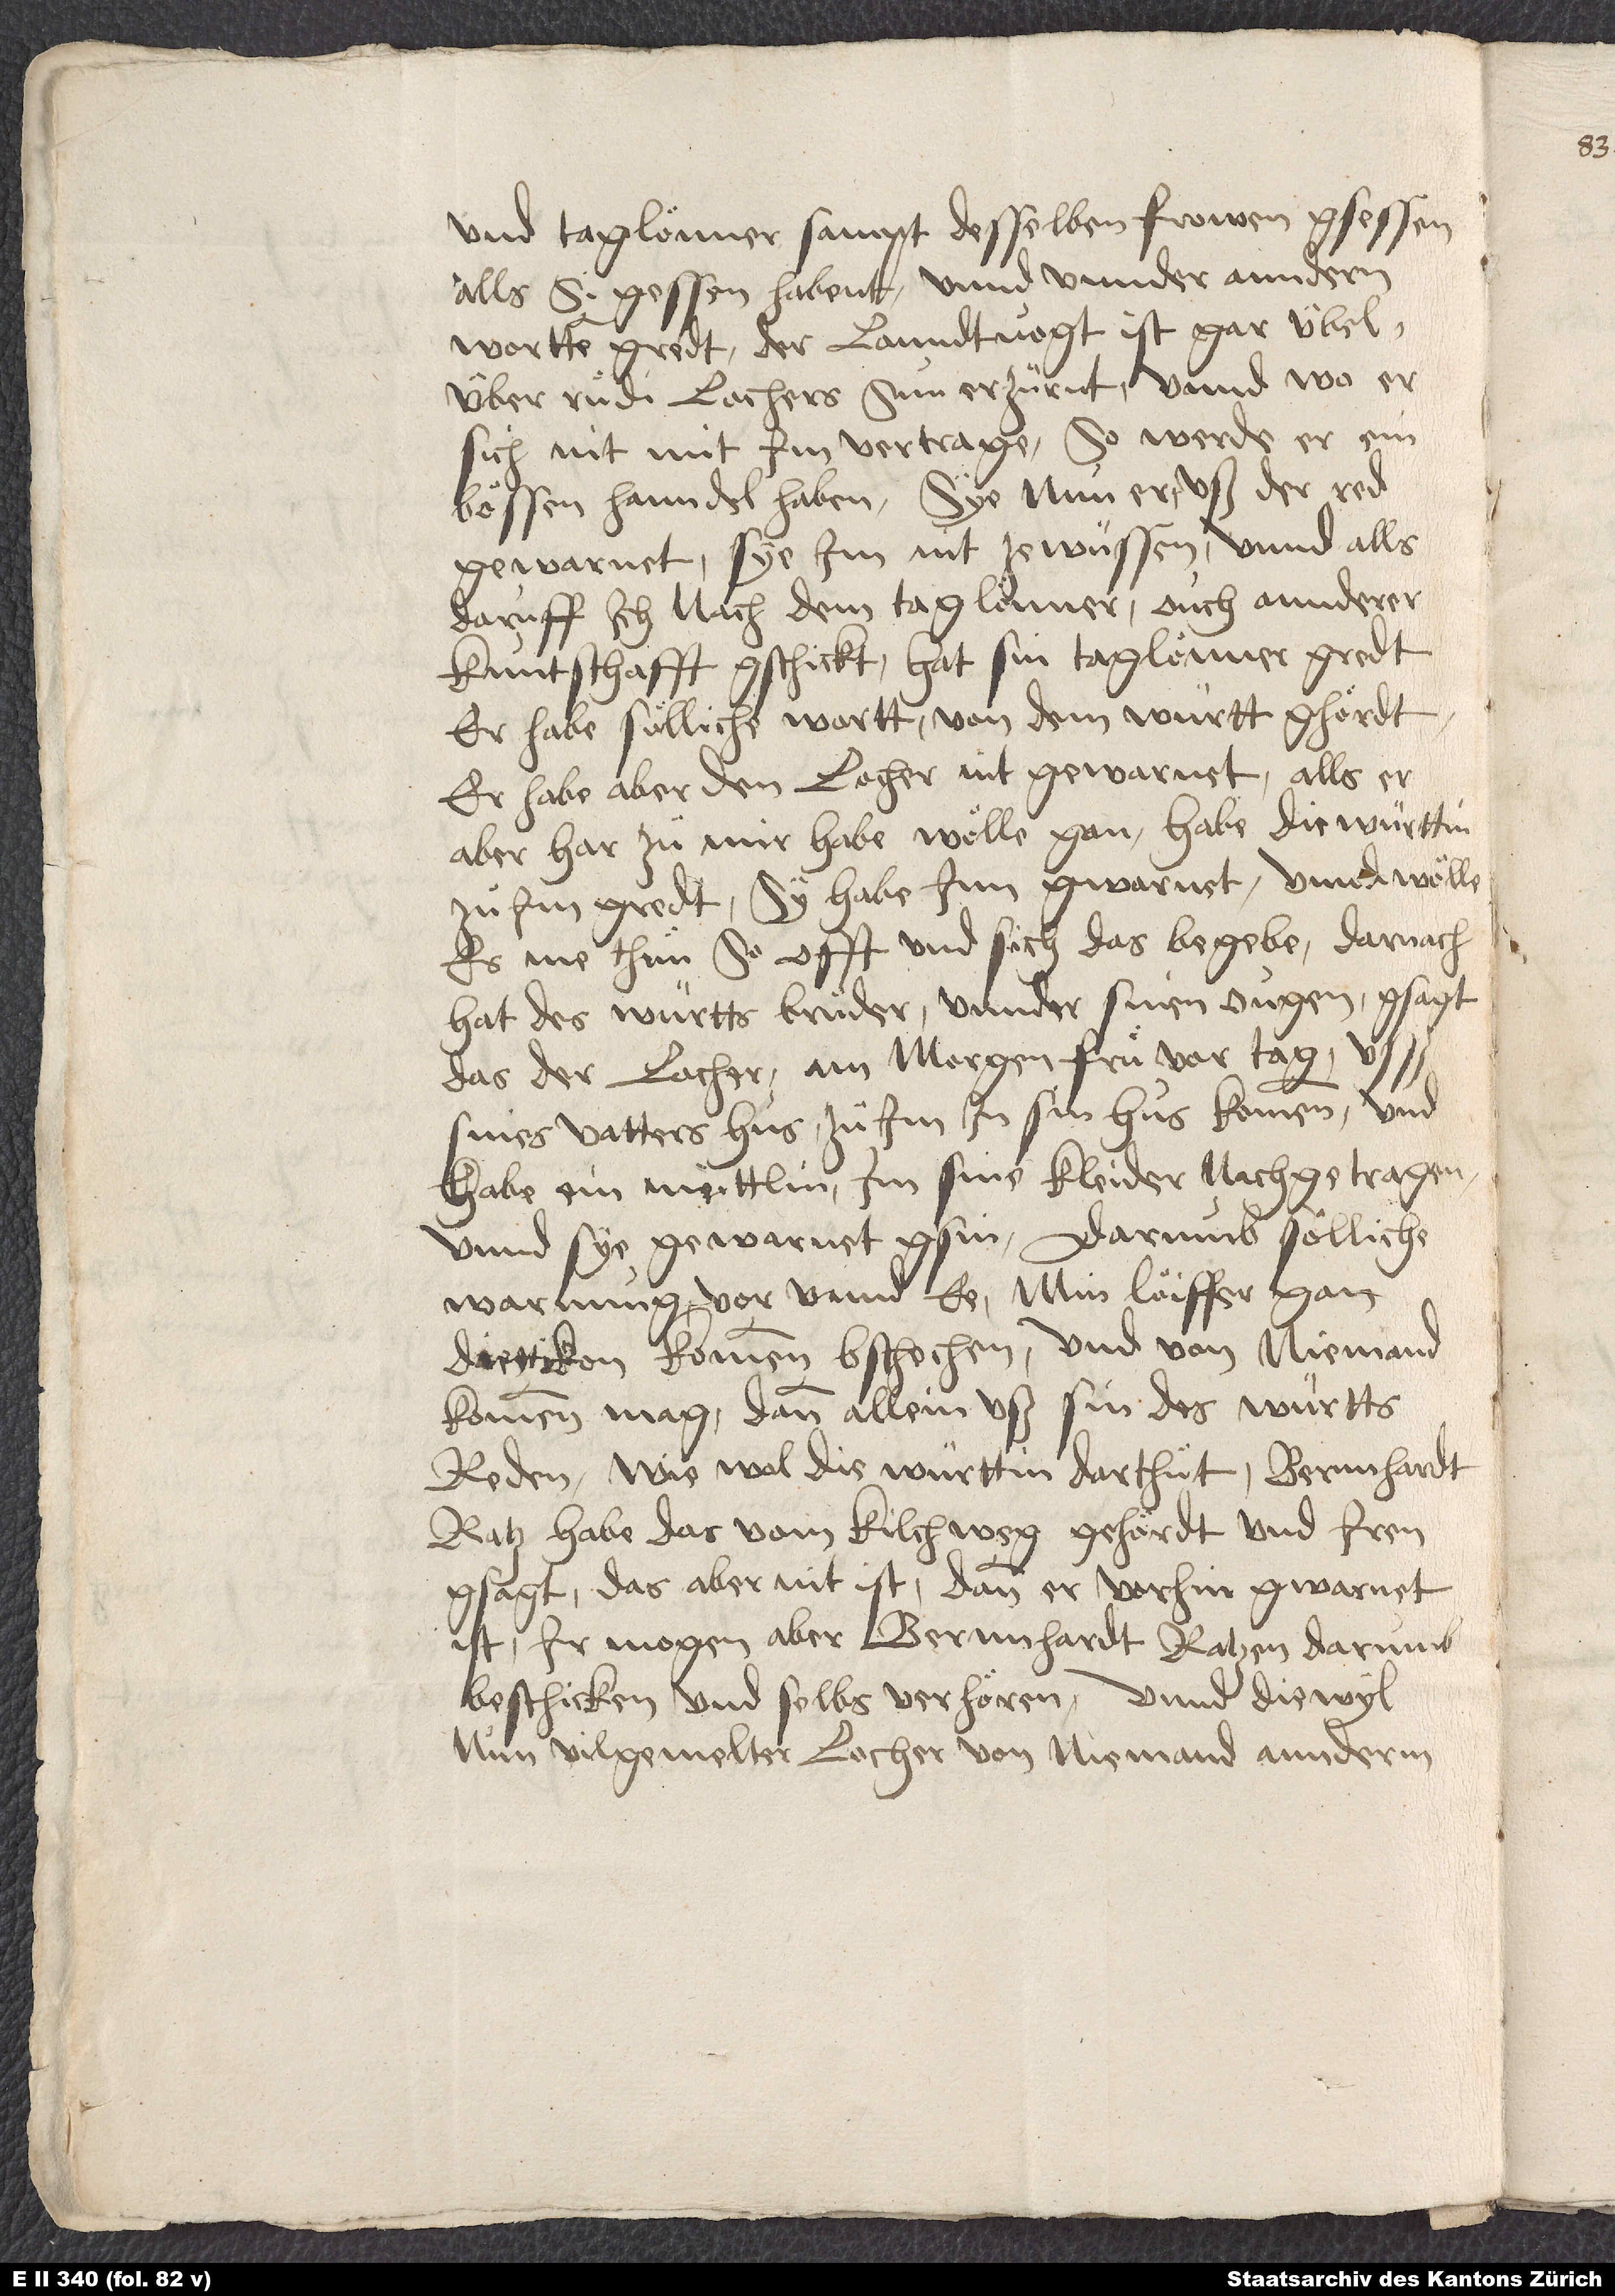
und taglönner sampt desselben frowen gsessen,
alls si gessen habent, unnd unnder anndern
wortten gredt: "Der lanndtvogt ist gar übel
über Ruͦdi Lochers sun erzürnt, unnd wo er
sich nit mit im vertrage, so werde er ein
bössen hanndel haben."Sye nun er uß der red
gewarnet, sye im nit ze wüssen. Und alls
daruff ich nach dem taglönner, ouch annderer
kuntschafft gschickt, hat sin taglönner gredt,
er habe sölliche wortt von dem württ ghördt,
er habe aber den Locher nit gewarnet. Alls er
aber har zuͦ mir habe wölle gan, habe die württin
im gredt, sy habe inn gwarnet unnd wölle
es me thuͦn, so offt und sich das begebe. Darnach
hat des württs bruͦder unnder sinen ougen gsagt,
das der Locher am morgen fruͤ vor tag usß
sines vatters hus zuͦ im in sin hus kommen, und
habe ein meittlin im sine kleider nachgetragen,
unnd sye gewarnet gsin. Darumb sölliche
warnung, vor unnd ce min löiffer gan
Diettikon kommen, bschechen und von niemand
kommen mag, dann allein uß sin, des württs,
reden. Wiewol die württin darthuͦt, Bernnhardt
Tratz d habe das vom kilchweg gehördt und iren
gsagt, das aber nit ist, dann er vorhin gwarnet
ist. Ir mogen aber Bernnhardt Tratzen e darumb
beschicken und selbs verhören. Unnd diewyl
nun vilgemelter Locher von niemand anderm